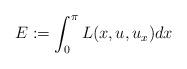
LaTeX: \begin{align*} E:= \int_{0}^\pi L(x,u,u_x) dx \end{align*}